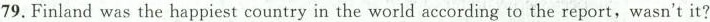
79. Finland was the happiest country in the world according to the report, wasn't it?